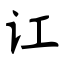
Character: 讧